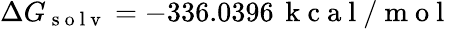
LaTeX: \Delta G_{\mathrm{~s~o~l~v~}}=-336.0396\, \mathrm{~k~c~a~l~/~m~o~l~}